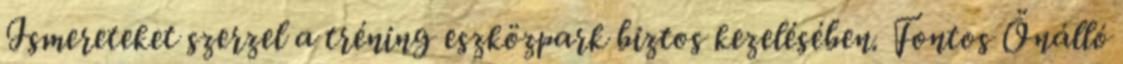
Ismereteket szerzel a tréning eszközpark biztos kezelésében. Fontos Önálló